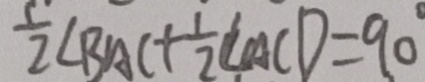
\frac { 1 } { 2 } \angle B A C + \frac { 1 } { 2 } \angle A C D = 9 0 ^ { \circ }